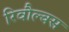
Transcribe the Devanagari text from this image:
रिवौल्क्स